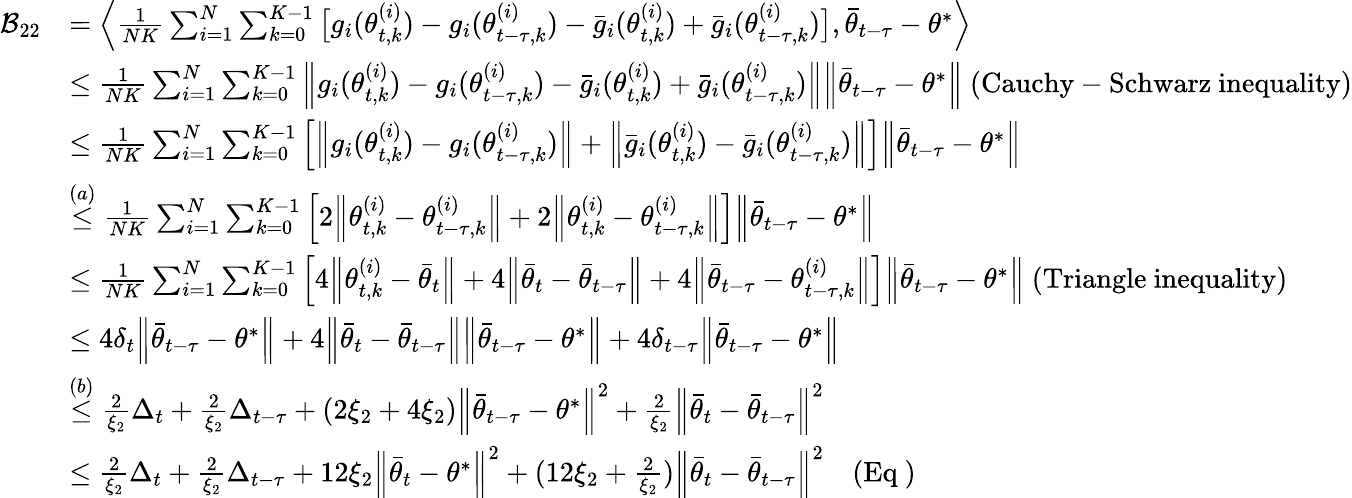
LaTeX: \begin{array}{rl}{\mathcal{B}_{22}}&{=\Big\langle\frac{1}{NK}\sum_{i=1}^{N}\sum_{k=0}^{K-1}\big[g_{i}(\theta_{t,k}^{(i)})-g_{i}(\theta_{t-\tau,k}^{(i)})-\bar{g}_{i}(\theta_{t,k}^{(i)})+\bar{g}_{i}(\theta_{t-\tau,k}^{(i)})\big],\bar{\theta}_{t-\tau}-\theta^{*}\Big\rangle}\\ &{\le\frac{1}{NK}\sum_{i=1}^{N}\sum_{k=0}^{K-1}\Big\lVert g_{i}(\theta_{t,k}^{(i)})-g_{i}(\theta_{t-\tau,k}^{(i)})-\bar{g}_{i}(\theta_{t,k}^{(i)})+\bar{g}_{i}(\theta_{t-\tau,k}^{(i)})\Big\rVert\Big\lVert\bar{\theta}_{t-\tau}-\theta^{*}\Big\rVert\ (\mathrm{Cauchy-Schwarz~inequality})}\\ &{\le\frac{1}{NK}\sum_{i=1}^{N}\sum_{k=0}^{K-1}\left[\Big\lVert g_{i}(\theta_{t,k}^{(i)})-g_{i}(\theta_{t-\tau,k}^{(i)})\Big\rVert+\Big\lVert\bar{g}_{i}(\theta_{t,k}^{(i)})-\bar{g}_{i}(\theta_{t-\tau,k}^{(i)})\Big\rVert\right]\Big\lVert\bar{\theta}_{t-\tau}-\theta^{*}\Big\rVert}\\ &{\stackrel{(a)}{\le}\frac{1}{NK}\sum_{i=1}^{N}\sum_{k=0}^{K-1}\left[2\Big\lVert\theta_{t,k}^{(i)}-\theta_{t-\tau,k}^{(i)}\Big\rVert+2\Big\lVert\theta_{t,k}^{(i)}-\theta_{t-\tau,k}^{(i)}\Big\rVert\right]\Big\lVert\bar{\theta}_{t-\tau}-\theta^{*}\Big\rVert}\\ &{\le\frac{1}{NK}\sum_{i=1}^{N}\sum_{k=0}^{K-1}\left[4\Big\lVert\theta_{t,k}^{(i)}-\bar{\theta}_{t}\Big\rVert+4\Big\lVert\bar{\theta}_{t}-\bar{\theta}_{t-\tau}\Big\rVert+4\Big\lVert\bar{\theta}_{t-\tau}-\theta_{t-\tau,k}^{(i)}\Big\rVert\right]\Big\lVert\bar{\theta}_{t-\tau}-\theta^{*}\Big\rVert\ (\mathrm{Triangle~inequality})}\\ &{\le 4\delta_{t}\Big\lVert\bar{\theta}_{t-\tau}-\theta^{*}\Big\rVert+4\Big\lVert\bar{\theta}_{t}-\bar{\theta}_{t-\tau}\Big\rVert\Big\lVert\bar{\theta}_{t-\tau}-\theta^{*}\Big\rVert+4\delta_{t-\tau}\Big\lVert\bar{\theta}_{t-\tau}-\theta^{*}\Big\rVert}\\ &{\stackrel{(b)}{\le}\frac{2}{\xi_{2}}\Delta_{t}+\frac{2}{\xi_{2}}\Delta_{t-\tau}+(2\xi_{2}+4\xi_{2})\Big\lVert\bar{\theta}_{t-\tau}-\theta^{*}\Big\rVert^{2}+\frac{2}{\xi_{2}}\Big\lVert\bar{\theta}_{t}-\bar{\theta}_{t-\tau}\Big\rVert^{2}}\\ &{\le\frac{2}{\xi_{2}}\Delta_{t}+\frac{2}{\xi_{2}}\Delta_{t-\tau}+12\xi_{2}\Big\lVert\bar{\theta}_{t}-\theta^{*}\Big\rVert^{2}+(12\xi_{2}+\frac{2}{\xi_{2}})\Big\lVert\bar{\theta}_{t}-\bar{\theta}_{t-\tau}\Big\rVert^{2}\quad(\mathrm{Eq}~)}\end{array}